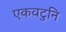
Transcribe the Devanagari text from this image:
एकवटुनि